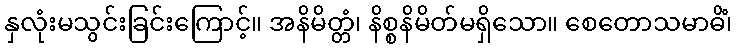
နှလုံးမသွင်းခြင်းကြောင့်။ အနိမိတ္တံ၊ နိစ္စနိမိတ်မရှိသော။ စေတောသမာဓိံ၊